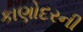
કાણોદરની